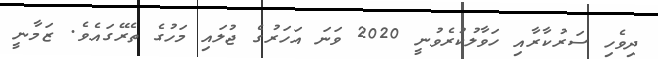
ދިވެހި ސަރުކާރާއި ހަވާލުކުރެވުނީ 2020 ވަނަ އަހަރުގެ ޖުލައި މަހުގެ ތެރޭގައެވެ. ޒަމާނީ